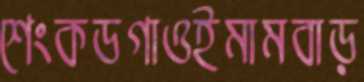
শেংকডগাওইমামবাড়